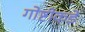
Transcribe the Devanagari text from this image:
गोष्टीकडे